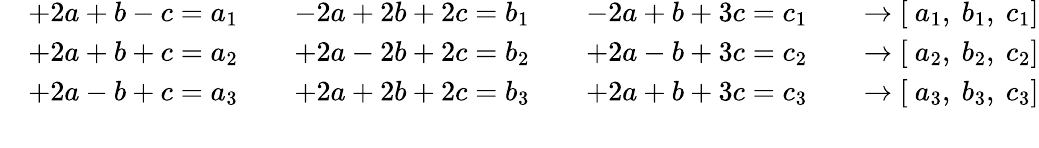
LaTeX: {\begin{array}{rl}&{{\begin{array}{llll}{+2a+b-c=a_{1}\quad}&{-2a+2b+2c=b_{1}\quad}&{-2a+b+3c=c_{1}}&{\quad\to\left[{\mathrm{~}}a_{1},{\mathrm{~}}b_{1},{\mathrm{~}}c_{1}\right]}\end{array}}}\\ &{{\begin{array}{llll}{+2a+b+c=a_{2}\quad}&{+2a-2b+2c=b_{2}\quad}&{+2a-b+3c=c_{2}}&{\quad\to\left[{\mathrm{~}}a_{2},{\mathrm{~}}b_{2},{\mathrm{~}}c_{2}\right]}\end{array}}}\\ &{{\begin{array}{llll}{+2a-b+c=a_{3}\quad}&{+2a+2b+2c=b_{3}\quad}&{+2a+b+3c=c_{3}}&{\quad\to\left[{\mathrm{~}}a_{3},{\mathrm{~}}b_{3},{\mathrm{~}}c_{3}\right]}\end{array}}}\\ &{}\end{array}}